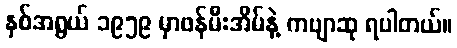
နှစ်အရွယ် ၁၉၅၉ မှာဖန်မီးအိမ်နဲ့ ကဗျာဆု ရပါတယ်။